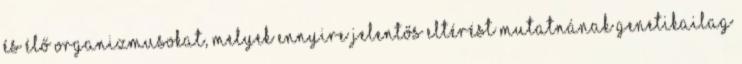
és élő organizmusokat, melyek ennyire jelentős eltérést mutatnának genetikailag